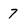
Character: 7